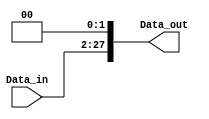
`timescale 1ns / 1ps
//////////////////////////////////////////////////////////////////////////////////
// Company: 
// Engineer: 
// 
// Design Name: 
// Module Name:    shifter26 
// Project Name: 
// Target Devices: 
// Tool versions: 
// Description: 
//
// Dependencies: 
//
// Revision: 
// Revision 0.01 - File Created
// Additional Comments: 
//
//////////////////////////////////////////////////////////////////////////////////
module Shifter_26(
  Data_in,
  Data_out
    );
input[25:0] Data_in;
output[27:0] Data_out;

assign Data_out = Data_in<<2;

endmodule